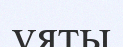
ұяты